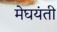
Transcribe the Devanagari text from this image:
मेघयंती